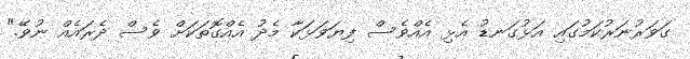
ގަވަރުނަރުކަމުގައި އަޅުގަނޑު އެޅި އެއްވެސް ފިޔަވަޅަކާ މެދު އެއްގޮތަކަށް ވެސް ދެރައެއް ނުވޭ."